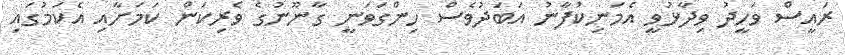
ރައީސް ވަހީދު ވިދާޅުވީ އެމަނިކުފާނު އަބަދުވެސް ހިންގަވަނީ ގާނޫނުގެ ވެރިކަން ކަމަށާއި އެކަމުގައި